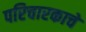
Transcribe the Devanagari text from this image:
परिचारकाचे